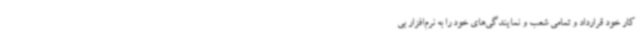
کار خود قرارداد و تمامی شعب و نمایندگی‌های خود را به نرم‌افزار بی